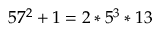
5 7 ^ { 2 } + 1 = 2 * 5 ^ { 3 } * 1 3